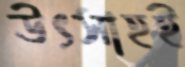
উৎসাহই